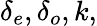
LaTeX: \delta_{e},\delta_{o},k,